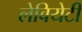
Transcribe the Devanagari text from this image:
लेबियेटी